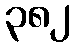
၃၈၂